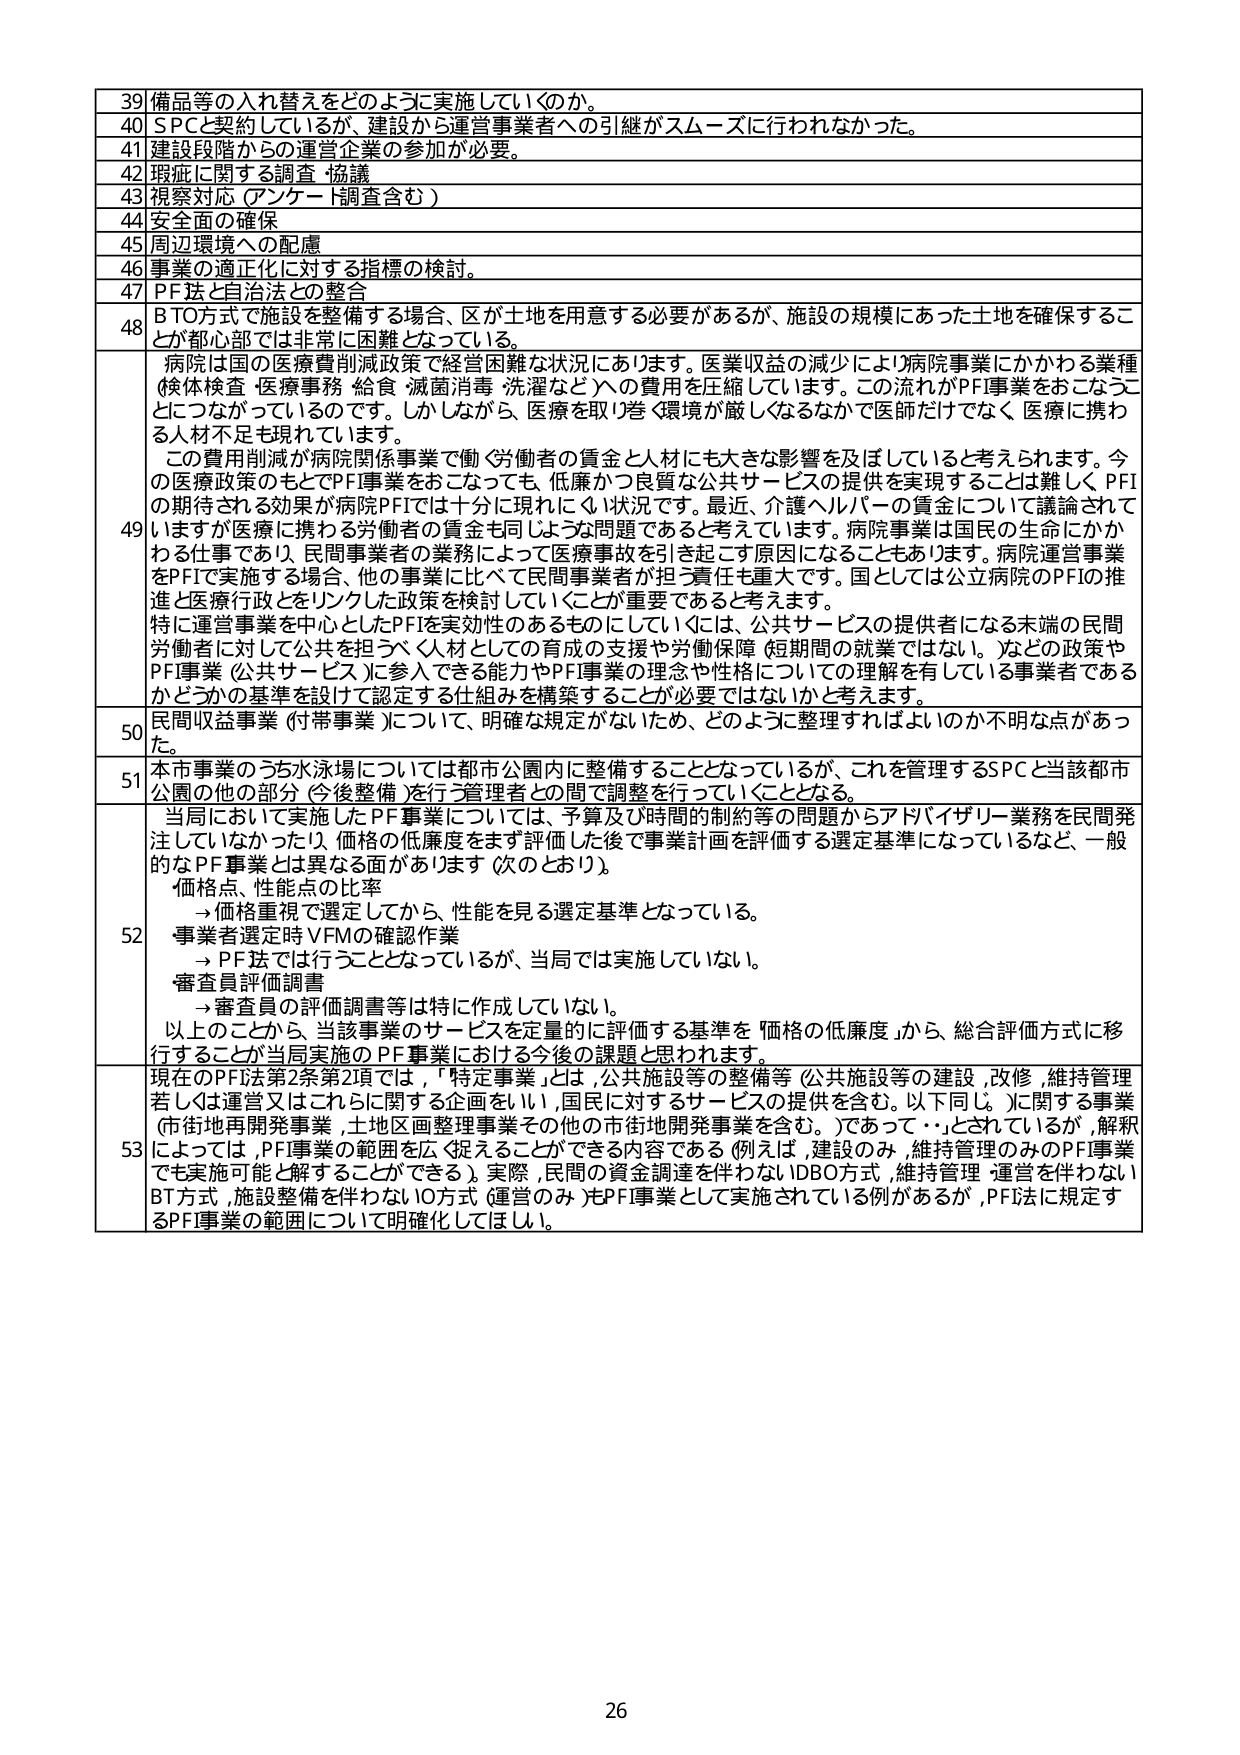
39 備品等の入れ替えをどのように実施していくのか。
40 SPCに契約しているが、建設から運営事業者への引継がスムーズに行われなかった。
41 建設段階からの運営企業の参加が必要。
42 現地に関する調査・協議
43 視察対応（アンケート調査含む）
44 安全面の確保
45 周辺環境への配慮
46 事業の適正化に対する指標の検討。
47 PF法と自治法との整合
48 BT方式で施設を整備する場合、区が土地を用意する必要があるが、施設の規模にあった土地を確保することが都心部では非常に困難となっている。
49 病院は国の医療費削減政策で経営困難な状況にあります。医業収益の減少により病院事業にかかわる業種（検体検査・医療事務・給食・滅菌消毒・洗濯など）への費用を圧縮しています。この流れがPF事業をおこなうことにつながっているのです。しかしながら、医療を取り巻く環境が厳しくなるなかで医師だけでなく医療に携わる人材不足も現れています。
この費用削減が病院関係事業で働く労働者の賃金と人材にも大きな影響を及ぼしていると考えられます。今の医療政策のもとでPF事業をおこなっても、低廉かつ良質な公共サービスの提供を実現することは難しく、PFIの期待される効果が病院PFIでは十分に現れにくい状況です。最近、介護ヘルパーの賃金について議論されていますが、医療に携わる労働者の賃金も同じような問題であると考えています。病院事業は国民の生命にかかわる仕事であり、民間事業者の業務によって医療事故を引き起こす原因になることもあります。病院運営事業をPFIで実施する場合、他の事業に比べて民間事業者が担う責任も重大です。国としては公立病院のPFIの推進と医療行政とのリンクした政策を検討していくことが重要であると考えます。
特に運営事業を中心としたPFIを実効性のあるものにしていくには、公共サービスの提供者になる末端の民間労働者に対して公共を担うべき人材としての育成の支援や労働保障（短期間の就業ではない。）などの政策やPFI事業（公共サービス）に参入できる能力やPFI事業の理念や性格についての理解を有している事業者であるかどうかの基準を設けて認定する仕組みを構築することが必要ではないかと考えます。
50 民間収益事業（付帯事業）について、明確な規定がないため、どのように整理すればよいのか不明な点があった。
51 本市事業のうち水泳場については都市公園内に整備することとなっているが、これを管理するSPCと当該都市公園の他の部分（今後整備）を行う管理者との間で調整を行っていくこととなる。
52 当局において実施したPF事業については、予算及び時間的制約等の問題からアドバイザリー業務を民間発注していなかったり、価格の低廉度をまず評価した後で事業計画を評価する選定基準になっているなど、一般的なPF事業とは異なる面があります（次のとおり）。
価格点、性能点の比率
→価格重視で選定してから、性能を見る選定基準となっている。
事業者選定時VFMの確認作業
→PF法では行うこととなっているが、当局では実施していない。
審査員評価調書
→審査員の評価調書等は特に作成していない。
以上のことから、当該事業のサービスを定量的に評価する基準を「価格の低廉度」から、総合評価方式に移行することが当局実施のPF事業における今後の課題と思われます。
53 現在のPF法第2条第2項では、「特定事業」とは、公共施設等の整備等（公共施設等の建設、改修、維持管理若しくは運営又はこれらに関する企画をいい、国民に対するサービスの提供を含む。以下同じ。）に関する事業（市街地再開発事業、土地区画整理事業その他の市街地開発事業を含む。）であって・・とされているが、解釈によっては、PF事業の範囲を広く捉えることができる内容である（例えば、建設のみ、維持管理のみのPF事業でも実施可能と解することができる）。実際、民間の資金調達を伴わないDBO方式、維持管理・運営を伴わないBT方式、施設整備を伴わないIO方式（運営のみ）もPF事業として実施されている例があるが、PF法に規定するPF事業の範囲について明確化してほしい。
26